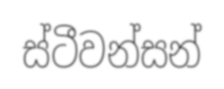
ස්ටීවන්සන්